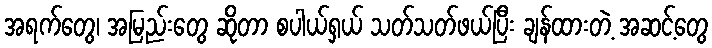
အရက်တွေ၊ အမြည်းတွေ ဆိုတာ စပါယ်ရှယ် သတ်သတ်ဖယ်ပြီး ချန်ထားတဲ့ အဆင့်တွေ